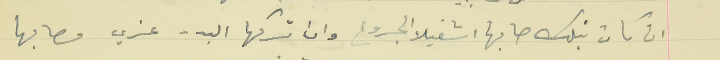
ان كان نبلك صابها اشفيلا الجروح  وان تركها البدر عزي مصابها